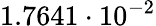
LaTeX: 1.7641\cdot 10^{-2}